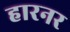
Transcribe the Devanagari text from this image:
हारनर